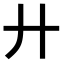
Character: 廾